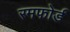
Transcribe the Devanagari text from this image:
रमफोर्ड